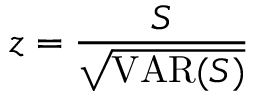
z = { \frac { S } { \sqrt { \operatorname { V A R } ( S ) } } }